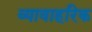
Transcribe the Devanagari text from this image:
व्यावाहरिक